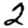
Digit: 2